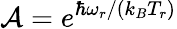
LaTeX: \mathcal{A}=e^{\hbar\omega_{r}/(k_{B}T_{r})}